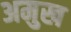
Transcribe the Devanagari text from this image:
अमुख